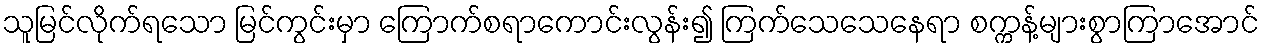
သူမြင်လိုက်ရသော မြင်ကွင်းမှာ ကြောက်စရာကောင်းလွန်း၍ ကြက်သေသေနေရာ စက္ကန့်များစွာကြာအောင်